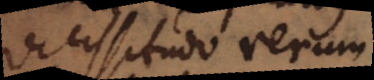
vicissitudo rerum.